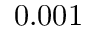
0 . 0 0 1